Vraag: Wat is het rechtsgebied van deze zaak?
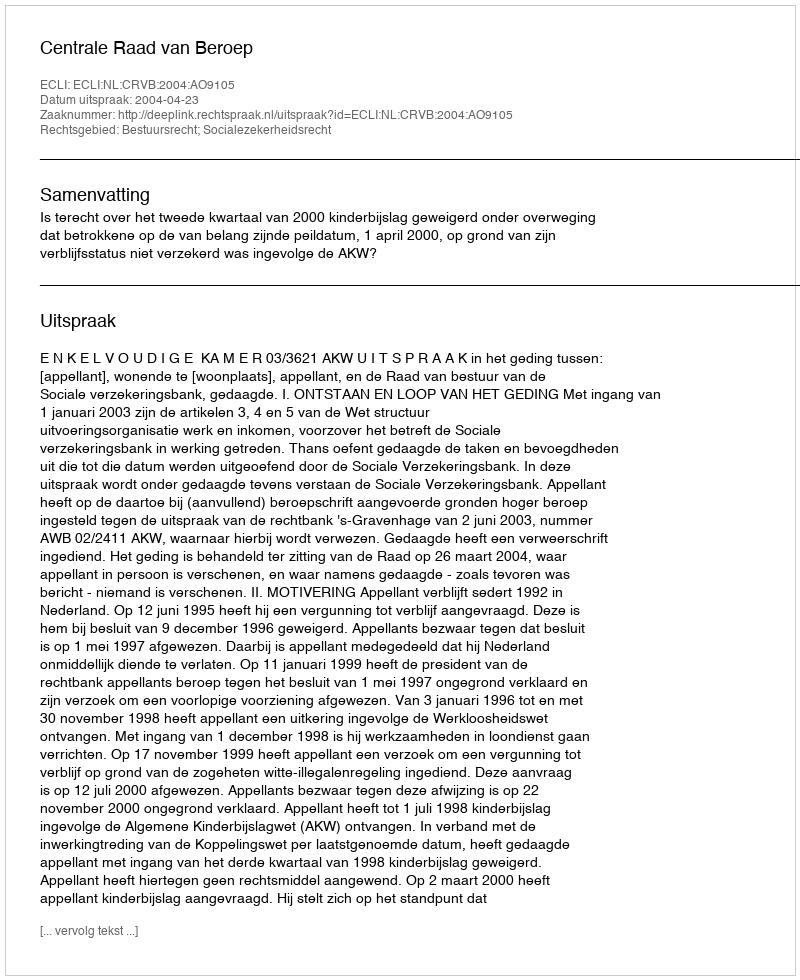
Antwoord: Bestuursrecht; Socialezekerheidsrecht